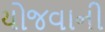
યોજવાની